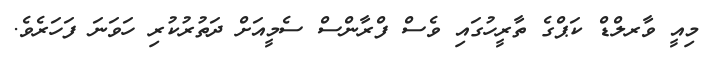
މިއީ ވާރލްޑް ކަޕްގެ ތާރީހުގައި ވެސް ފްރާންސް ސެމީއަށް ދަތުރުކުރި ހަވަނަ ފަހަރެވެ.